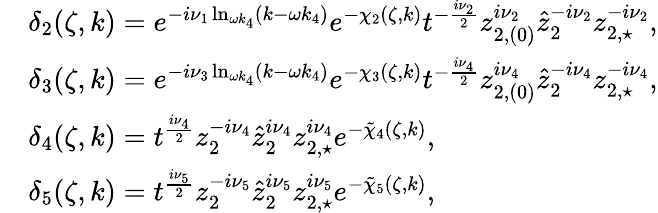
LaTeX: \begin{array}{rl}&{\delta_{2}(\zeta,k)=e^{-i\nu_{1}\ln_{\omega k_{4}}(k-\omega k_{4})}e^{-\chi_{2}(\zeta,k)}t^{-\frac{i\nu_{2}}{2}}z_{2,(0)}^{i\nu_{2}}\hat{z}_{2}^{-i\nu_{2}}z_{2,\star}^{-i\nu_{2}},}\\ &{\delta_{3}(\zeta,k)=e^{-i\nu_{3}\ln_{\omega k_{4}}(k-\omega k_{4})}e^{-\chi_{3}(\zeta,k)}t^{-\frac{i\nu_{4}}{2}}z_{2,(0)}^{i\nu_{4}}\hat{z}_{2}^{-i\nu_{4}}z_{2,\star}^{-i\nu_{4}},}\\ &{\delta_{4}(\zeta,k)=t^{\frac{i\nu_{4}}{2}}z_{2}^{-i\nu_{4}}\hat{z}_{2}^{i\nu_{4}}z_{2,\star}^{i\nu_{4}}e^{-\tilde{\chi}_{4}(\zeta,k)},}\\ &{\delta_{5}(\zeta,k)=t^{\frac{i\nu_{5}}{2}}z_{2}^{-i\nu_{5}}\hat{z}_{2}^{i\nu_{5}}z_{2,\star}^{i\nu_{5}}e^{-\tilde{\chi}_{5}(\zeta,k)},}\end{array}